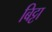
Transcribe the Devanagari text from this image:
बिट्टा